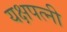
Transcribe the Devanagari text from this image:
यक्षपत्‍नी